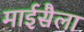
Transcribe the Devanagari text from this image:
माईसैला